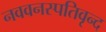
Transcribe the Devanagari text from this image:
नववनस्पतिवृन्द